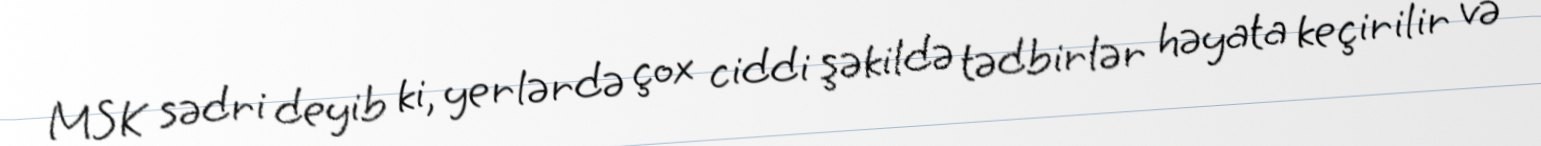
MSK sədri deyib ki, yerlərdə çox ciddi şəkildə tədbirlər həyata keçirilir və